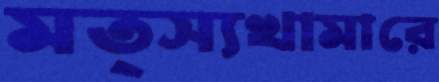
মত্স্যখামারে